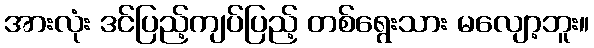
အားလုံး ဒင်ပြည့်ကျပ်ပြည့် တစ်ရွေးသား မလျော့ဘူး။